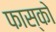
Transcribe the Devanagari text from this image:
फास्को